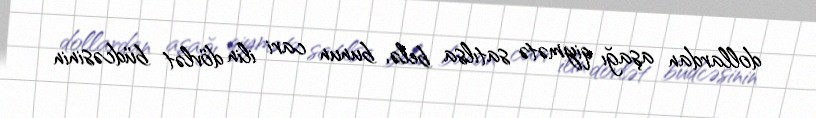
dollardan aşağı qiymətə satılsa belə, bunun cari ilin dövlət büdcəsinin